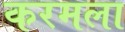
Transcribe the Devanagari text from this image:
करमला